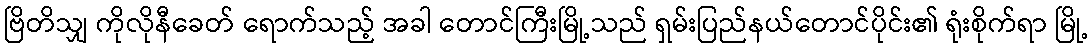
ဗြိတိသျှ ကိုလိုနီခေတ် ရောက်သည့် အခါ တောင်ကြီးမြို့သည် ရှမ်းပြည်နယ်တောင်ပိုင်း၏ ရုံးစိုက်ရာ မြို့